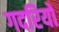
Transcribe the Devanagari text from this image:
गदरियों